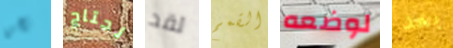
نحن نحتاج لقد القمم لوضعه بعد